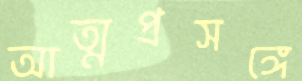
আত্মপ্রসঙ্গে